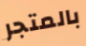
بالمتجر